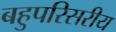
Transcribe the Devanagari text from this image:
बहुपरिसरीय